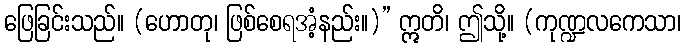
ဖြေခြင်းသည်။ (ဟောတု၊ ဖြစ်စေရအံ့နည်း။)” ဣတိ၊ ဤသို့။ (ကုဏ္ဍလကေသာ၊